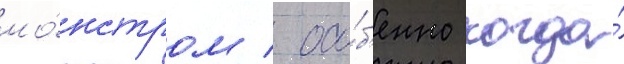
мо́нстром / осо́б'енно когда́